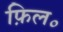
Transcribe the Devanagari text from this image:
फ़िल॰